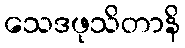
သေဒဖုသိတာနိ